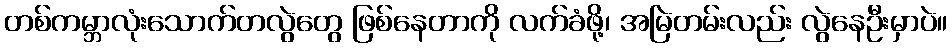
တစ်ကမ္ဘာလုံးသောက်တလွဲတွေ ဖြစ်နေတာကို လက်ခံဖို့၊ အမြဲတမ်းလည်း လွဲနေဦးမှာပဲ။